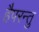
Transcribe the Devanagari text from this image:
हैपरन्तु